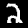
Digit: 2